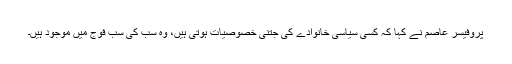
پروفیسر عاصم نے کہا کہ کسی سیاسی خانوادے کی جتنی خصوصیات ہوتی ہیں، وہ سب کی سب فوج میں موجود ہیں۔